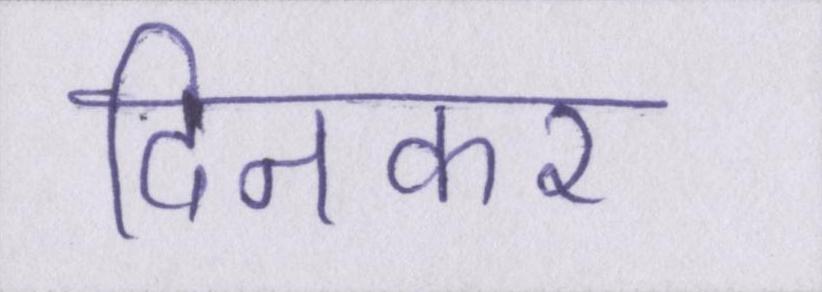
दिनकर